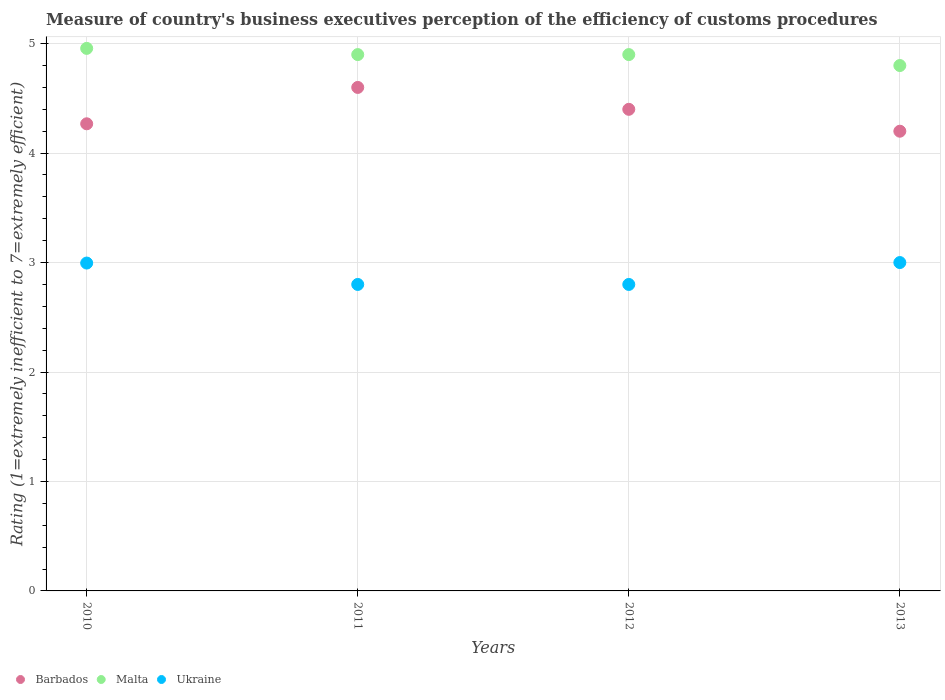
| Years | Barbados | Malta | Ukraine |
 | --- | --- | --- | --- |
 | 2010 | 4.27 | 4.96 | 3 |
 | 2011 | 4.6 | 4.9 | 2.8 |
 | 2012 | 4.4 | 4.9 | 2.8 |
 | 2013 | 4.2 | 4.8 | 3 |